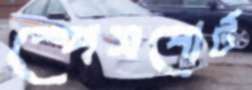
স্পেসপোর্ট